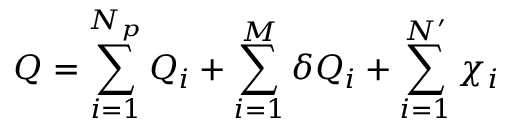
Q = \sum _ { i = 1 } ^ { N _ { p } } Q _ { i } + \sum _ { i = 1 } ^ { M } \delta Q _ { i } + \sum _ { i = 1 } ^ { N ^ { \prime } } \chi _ { i }